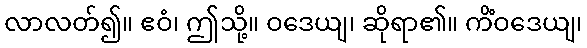
လာလတ်၍။ ဧဝံ၊ ဤသို့။ ဝဒေယျ၊ ဆိုရာ၏။ ကိံဝဒေယျ၊